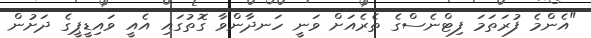
"އެންމެ ފުރަތަމަ ފިޓްނެސްގެ ތެރެއަށް ވަނީ ހަނދާންވާ ގޮތުގައި އެއީ ވައިޑީޕީގެ ދަށުން